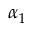
\alpha _ { 1 }